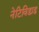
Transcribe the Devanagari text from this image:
नेटिविडाड